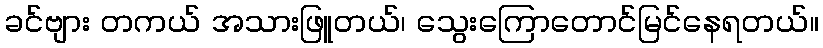
ခင်ဗျား တကယ် အသားဖြူတယ်၊ သွေးကြောတောင်မြင်နေရတယ်။